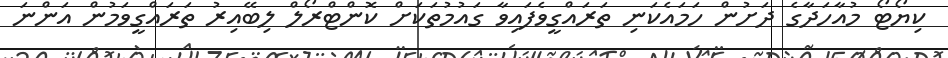
ކިޔޯޓޯ މުއާހަދާގެ ދަށުން ހަމައެކަނި ތަރައްގީވެފައިވާ ގައުމުތަކަށް ކޮންޓްރޯލް ލިބޭއިރު ތަރައްގީވަމުން އަންނަ